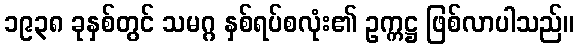
၁၉၃၈ ခုနှစ်တွင် သမဂ္ဂ နှစ်ရပ်စလုံး၏ ဥက္ကဋ္ဌ ဖြစ်လာပါသည်။